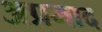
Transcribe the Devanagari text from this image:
अप्रमाद